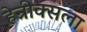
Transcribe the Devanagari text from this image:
हेन्रीक्सला